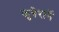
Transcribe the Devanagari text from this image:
कुबेरानें